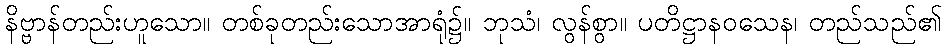
နိဗ္ဗာန်တည်းဟူသော။ တစ်ခုတည်းသောအာရုံ၌။ ဘုသံ၊ လွန်စွာ။ ပတိဋ္ဌာနဝသေန၊ တည်သည်၏